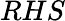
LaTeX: RHS